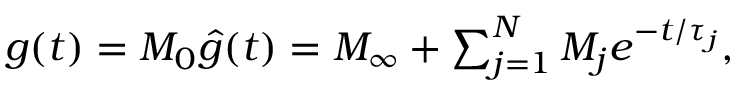
\begin{array} { r } { g ( t ) = M _ { 0 } \hat { g } ( t ) = M _ { \infty } + \sum _ { j = 1 } ^ { N } M _ { j } e ^ { - t / \tau _ { j } } , } \end{array}